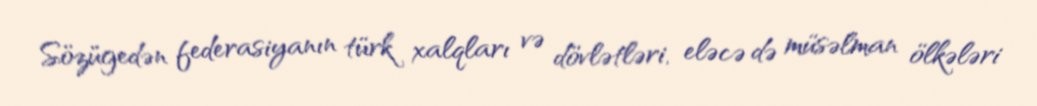
Sözügedən federasiyanın türk xalqları və dövlətləri, eləcə də müsəlman ölkələri